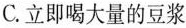
C.立即喝大量的豆浆